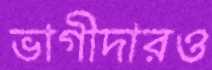
ভাগীদারও